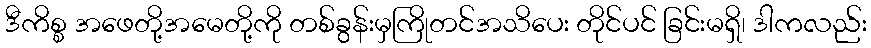
ဒီကိစ္စ အဖေတို့အမေတို့ကို တစ်ခွန်းမှကြိုတင်အသိပေး တိုင်ပင် ခြင်းမရှိ၊ ဒါကလည်း